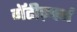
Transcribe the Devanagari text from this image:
गॅटीज़्बर्ग